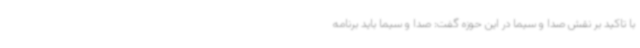
با تاکید بر نقش صدا و سیما در این حوزه گفت: صدا و سیما باید برنامه